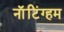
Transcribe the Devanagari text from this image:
नाॅटिंग्हम